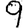
Digit: 9